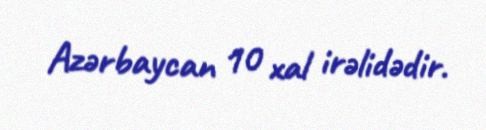
Azərbaycan 10 xal irəlidədir.